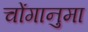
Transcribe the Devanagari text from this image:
चोंगानुमा